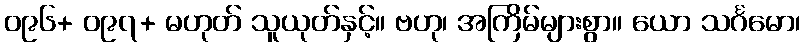
၀၉၆+ ၀၉၇+ မဟုတ် သူယုတ်နှင့်။ ဗဟု၊ အကြိမ်များစွာ။ ယော သင်္ဂမော၊